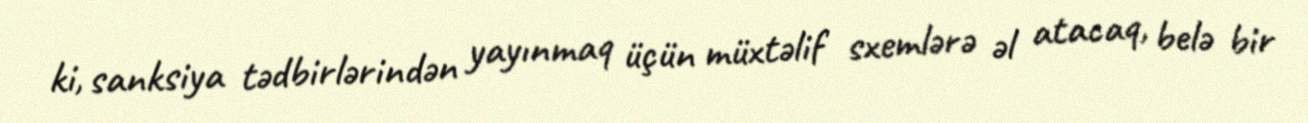
ki, sanksiya tədbirlərindən yayınmaq üçün müxtəlif sxemlərə əl atacaq, belə bir